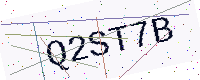
Text: Q2ST7B